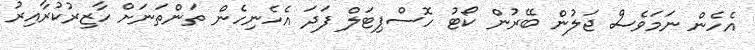
އެހެން ނަމަވެސް ޖަލުން ބޭރުން ކޯޓު ހޮސްޕިޓަލް ފަދަ އެހެނިހެން ތަންތަނަށް ހާޒިރުކުރާއިރު